Civil Veterinary Department. Madras. Admin. report 1910-25 - 1910-1925
Year: 1910
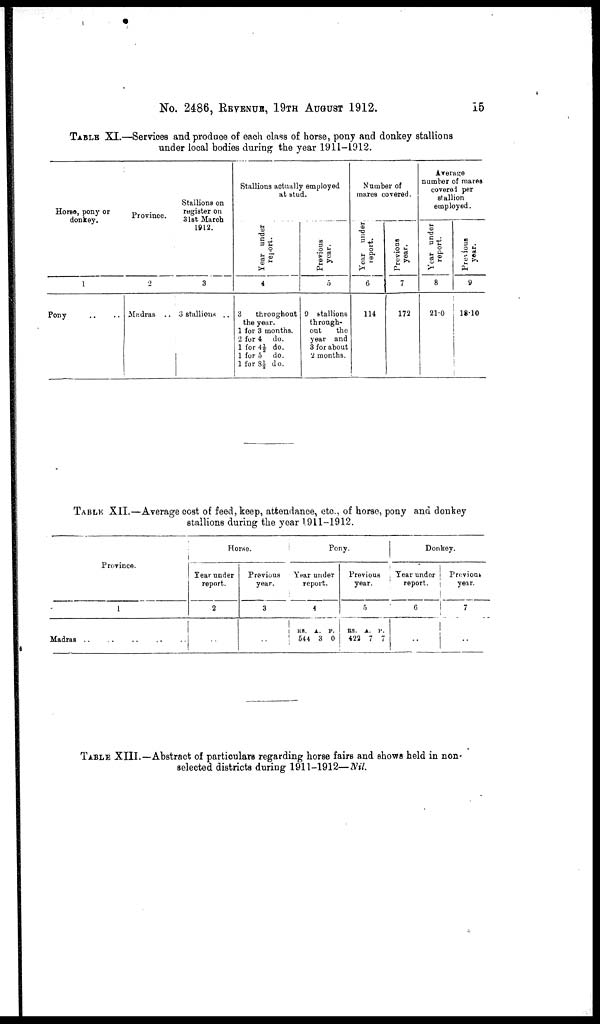
No. 2486, REVENUE, 19TH AUGUST 1912.
15
TABLE XI.—Services and produce of each class of horse, pony and donkey stallions
under local bodies during the year 1911-1912.
Horse, pony or
donkey.
1
Pony
Province.
2
Madras ..
Stallions on
register on
31st March
1912.
3
3 stallions ..
Stallions actually employed
at stud.
Year under
report.
4
3
throughout
the year.
1 for 3 months.
2 for 4 do.
1 for 4½ do.
1 for 5 do.
1 for 8½ do.
Previous
year.
5
9 stallions
through-
out
the
year and
3 for about
2 months.
Number of
mares covered.
Year under
report.
6
114
Previous
year.
7
172
Average
number of mares
covered per
stallion
employed.
Year under
report.
8
21.0
Previous
year.
9
18.10
TABLE XII.—Average cost of feed, keep, attendance, etc., of horse, pony and donkey
stallions during the year 1.911-1912.
Province.
1
Madras . .
Horse.
Year under
report.
2
Previous
year.
3
Pony.
Year under
report.
4
RS.
A. P.
544 3 0
Previous
year.
5
RS. A. P.
422 7 7
Donkey.
Year under
report.
6
..
Previous
year.
7
..
TABLE XIII.—Abstract of particulars regarding horse fairs and shows held in non-
selected districts during 1911-1912—Nil.